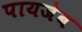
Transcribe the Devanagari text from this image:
पायजेब